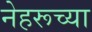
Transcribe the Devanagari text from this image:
नेहरूच्या